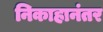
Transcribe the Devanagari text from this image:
निकाहानंतर